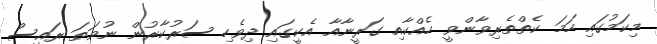
މިކަމުގައި ހަމަ ކެތްތެރިވާންވީ ހެއްކާއި ގަރީނާއާ އެކީގައި ދިވެހި ސަރުކާރުން ނުވަތަ ރައީސް